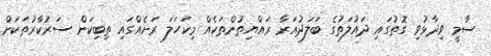
ސާމީ ވިދާޅުވި ގޮތުގައި ދައުލަތުގެ ބަލަދުއަރާ ރައްޔިތުންތަކެއް މިކަހަލަ ރަށެއްގައި ތިބިކަން ސަރުކާރުތަކަށް